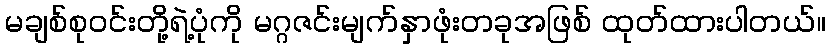
မချစ်စုဝင်းတို့ရဲ့ပုံကို မဂ္ဂဇင်းမျက်နှာဖုံးတခုအဖြစ် ထုတ်ထားပါတယ်။